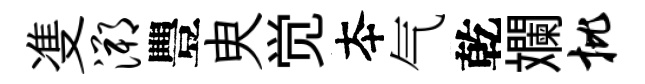
㕠溯豐㬰觉夲气乾斕批